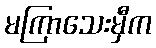
မကြာသေးမှီက